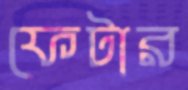
ফেটার